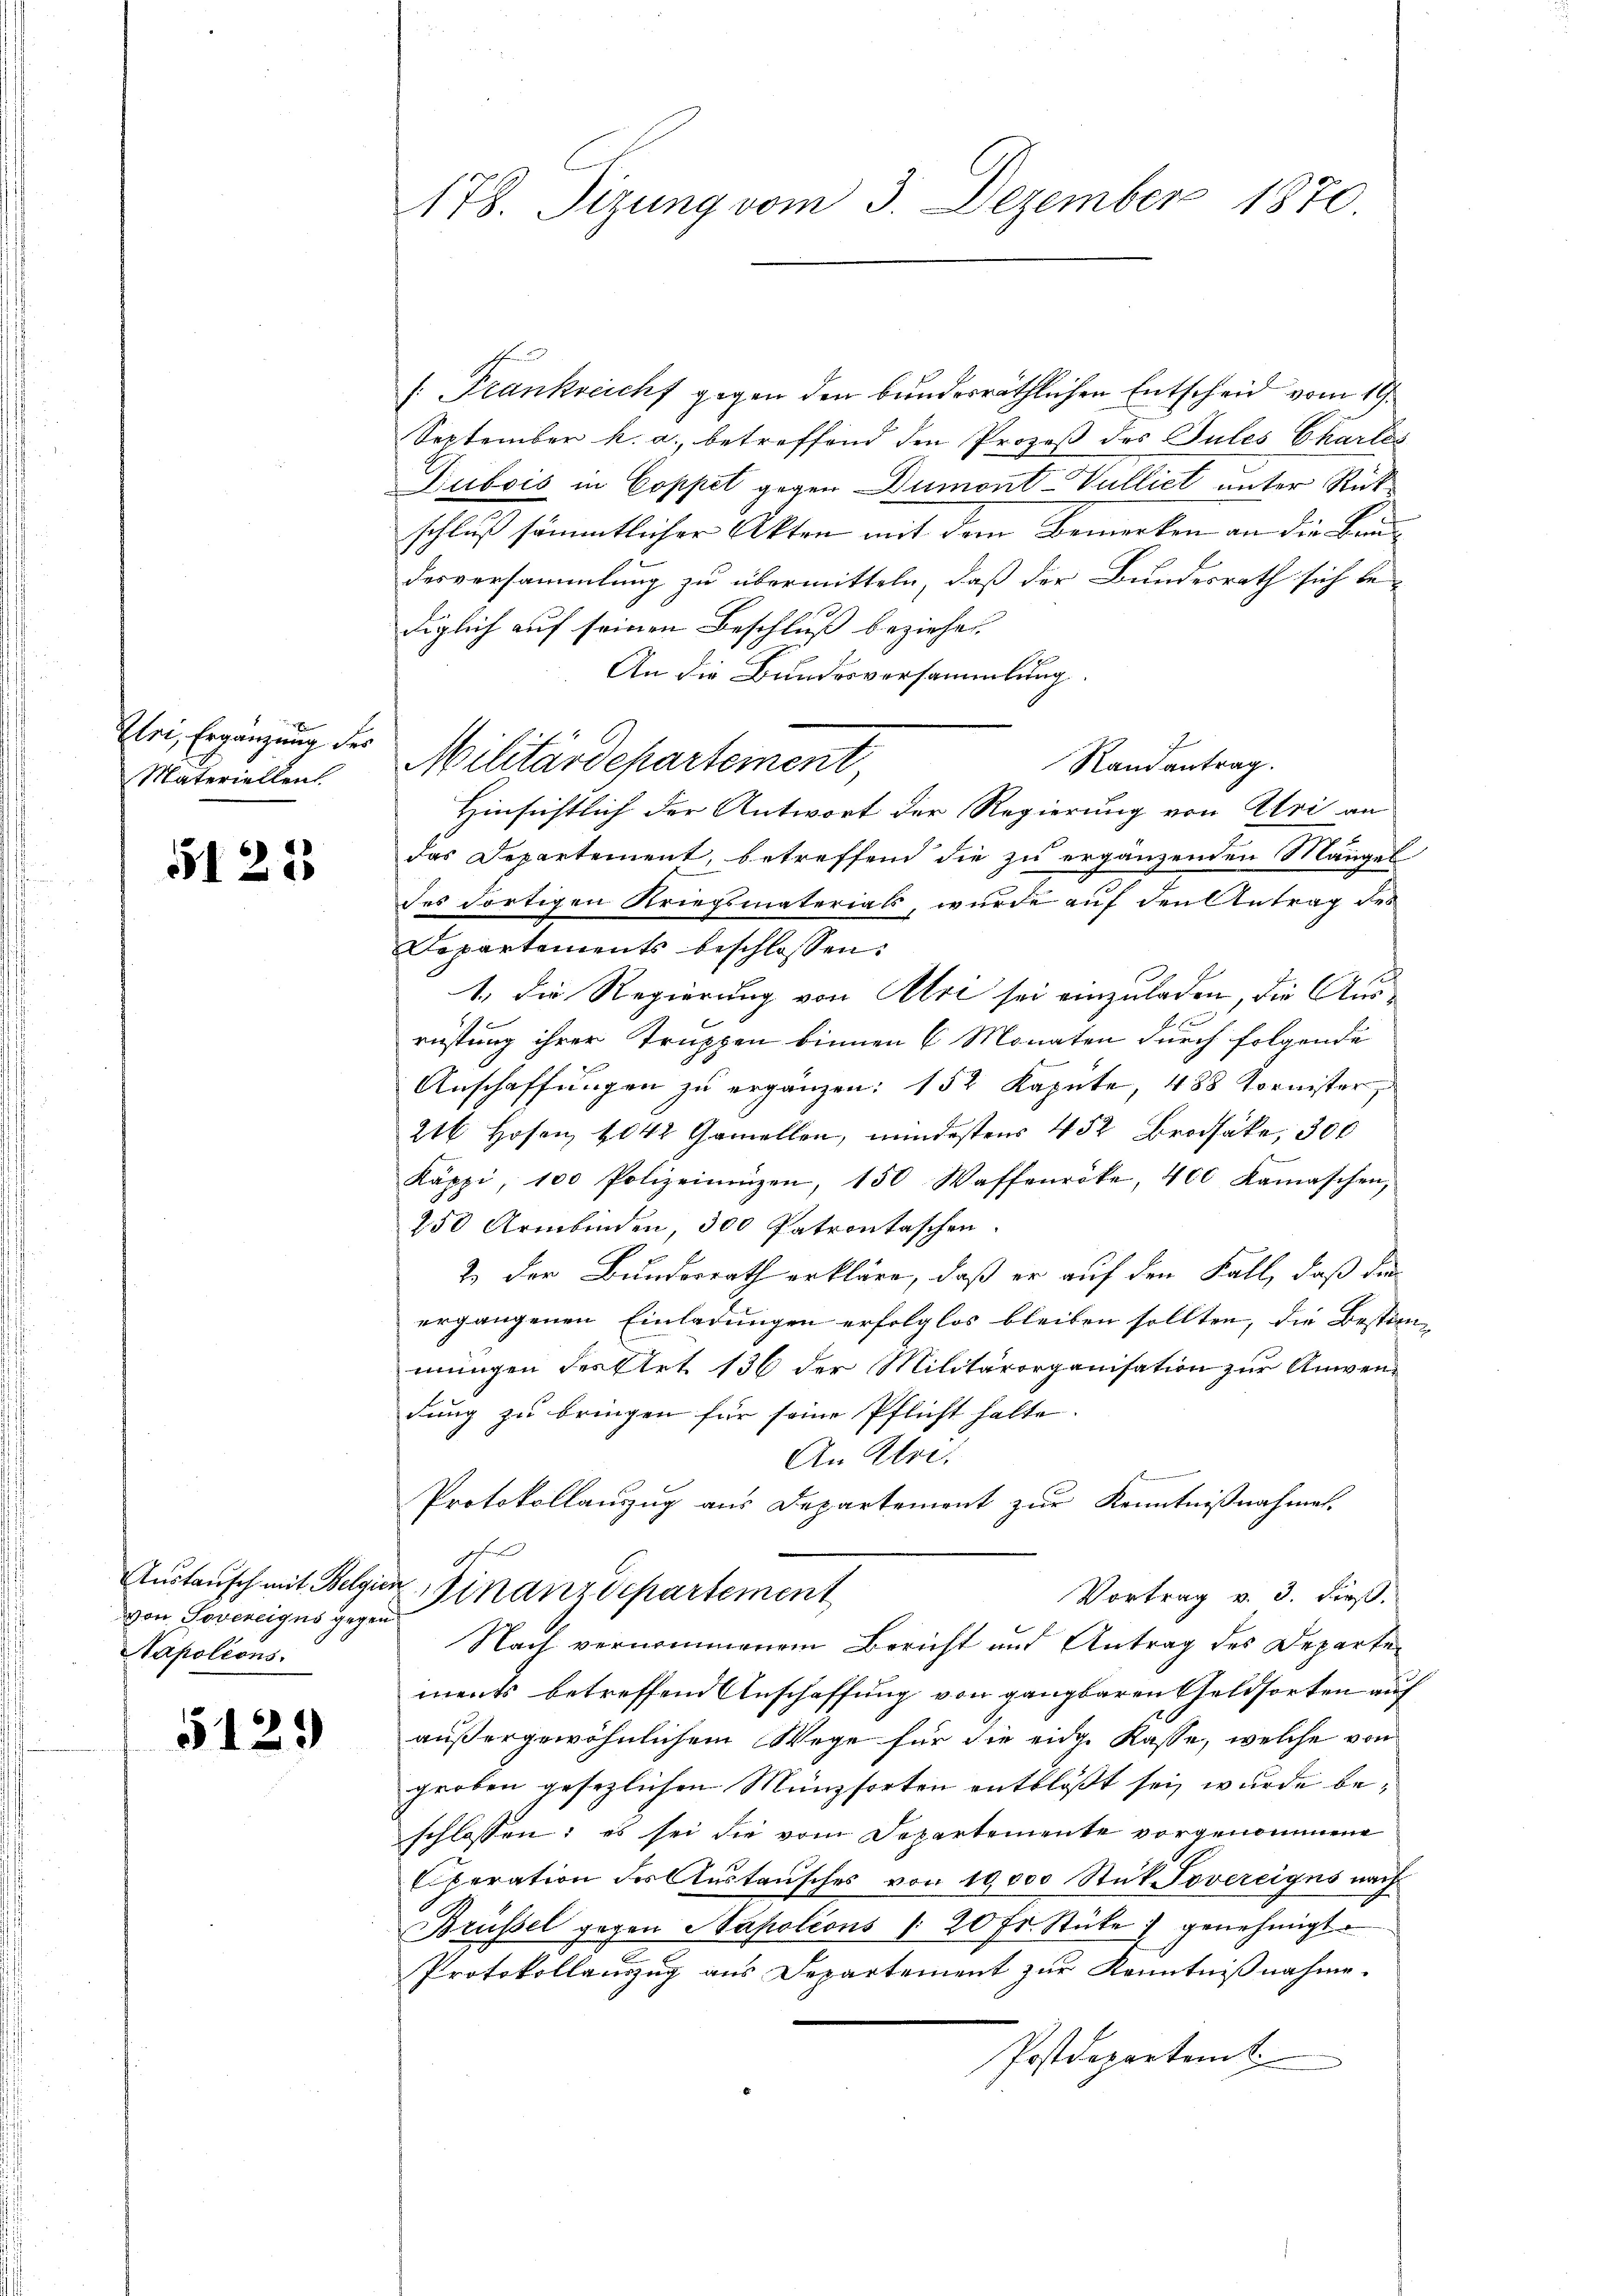
Uri, Ergänzung des
Materiellen

5122

von Rovereiges gegen
Napolions.

5129

178. Sizung vom 3. Dezember 1870

[Frankreicht gegen den bundesräthlichen Entscheid vom 19.
September k. a. betreffend den Prozeß des Julis Chartes
Dubois in Coppet gegen Dumont-Vulliet unter Rück-
schluß sämmtlicher Akten mit dem Bemerken an die Bundesversammlung zu übermitteln, daß der Bundesrath sich be-
diglich auf seinen Beschluß beziehen
An die Bundesversammlung
Militärdepartement
Randantrag.
Hinsichtlich der Antwort der Regierung von Uri an
das Departement, betreffend die zu ergänzenden Mängel
des dortigen Kriegsmaterials, wurde auf den Antrag des
Departements beschlossen:
1.) Die Regierung von Uri sei einzuladen, die Ausrüstung ihrer Truppen binnen 6 Monaten durch folgende
Anschaffungen zu ergänzen: 152 Kapute, 488 Tornister,
216 Hosen 1042 Gamellen, mindestens 452 Brodhake, 300
Käppi, 100 Polizeinigen, 150 Waffenröke, 400 Kamaschen,
250 Armbinden, 300 Patrontaschen.
2.) Der Bundesrath erkläre, daß er auf den Fall, daß die
ergangenen Einladungen erfolglos bleiben sollten, die Bestim-
mungen Fellet 136 der Militärorganisation zur Anwendung zu bringen für seine Pflicht halte.
An Ehre.
f
Protokollauszug aus Departement zur Kenntnißnahmen.
Ich
Austausch mit Belgien Finanzdepartement
Vortrag v. 3. dieß.
Nach vernommenem Bericht auf Antrag des Departe
ments betreffend Anschaffung von ganzbaren Geldsorten auf
außergewöhnlichem Wege für die eiden Kasse, welche von
groben gesezlichen Münzsorten entblößt sei, wurde beschlossen; es sei die vom Departemente vorgenommene
Eferation des Austausches von 10000 Stuk Tovereigns nach
Brüssel gegen Napolions / 20 fr. Stücke genehmigt.
Protokollanzug aus Departement zur Kenntnißnahme.
Postdepartem